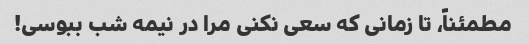
مطمئناً، تا زمانی که سعی نکنی مرا در نیمه شب ببوسی!